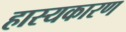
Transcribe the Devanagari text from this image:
हास्यकारण